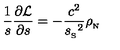
{ \frac { 1 } { s } } { \frac { \partial { \cal L } } { \partial s } } = - { \frac { c ^ { 2 } } { { s _ { _ \mathrm { S } } } ^ { 2 } } } { \rho _ { _ \mathrm { N } } }